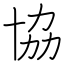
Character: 協